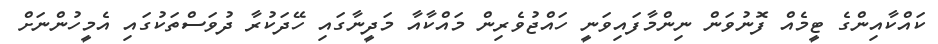
ކައްކާއިންގެ ޓީމެއް ފޮނުވަން ނިންމާފައިވަނީ ހައްޖުވެރިން މައްކާއާ މަދީނާގައި ހޭދަކުރާ ދުވަސްތަކުގައި އެމީހުންނަށް